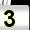
Digit: 3